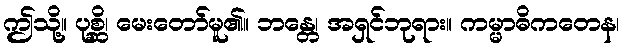
ဤသို့။ ပုစ္ဆိ၊ မေးတော်မူ၏။ ဘန္တေ၊ အရှင်ဘုရား။ ကမ္မာဓိကတေန၊